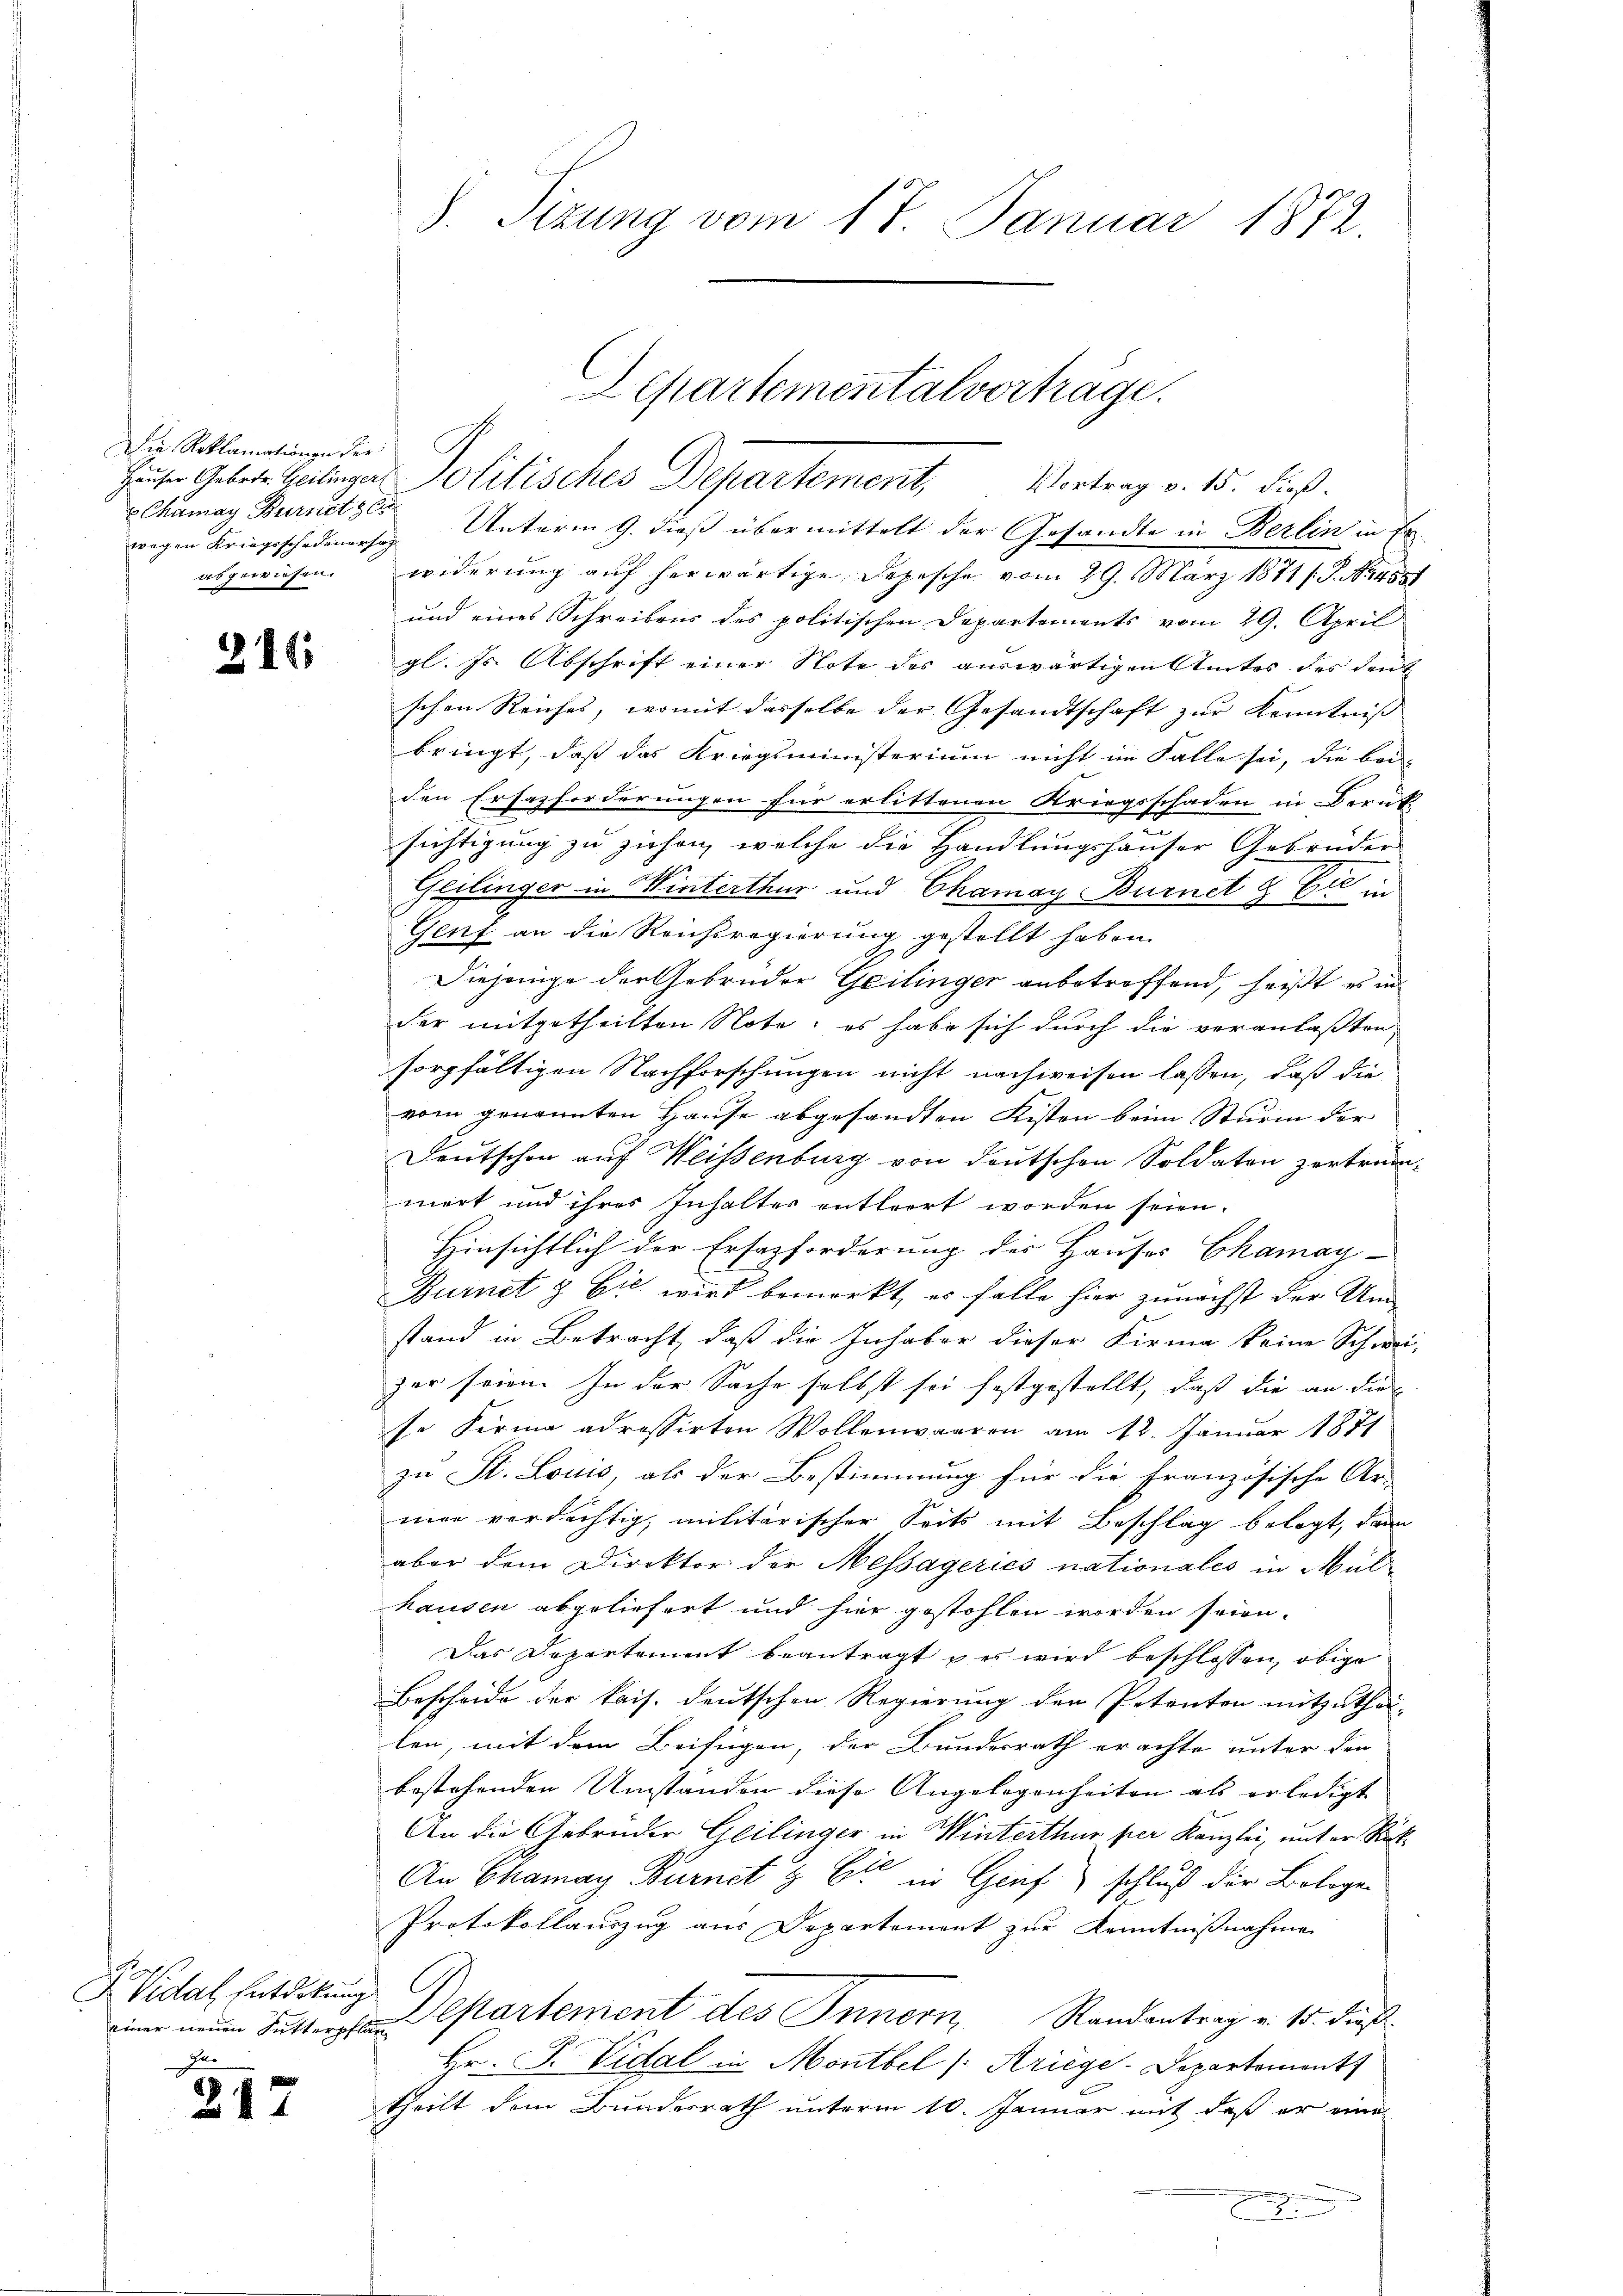
Die Reklamationen der
Chamay Burnet ge
wegen Kriegsschadenersag
4s gewiesen.

217

211

J Vidal Entdekung
einer neuen Sutterpflan
Für

8. Sizung vom 17. Januar 1872.

Heute Gebete Heilungen Politisches Departement, Vortrag v. 15. dieß.
Unterm 9. dieß übermittelt der Gesandte in Berlin in Er-
widerung auf herwärtige, Depesche vom 29. März 1871 s. S. 194881
und eines Schreibens des politischen Departements vom 29. April
gl. Js. Abschrift einer Note des auswärtigen Amtes des den
schen Reiches, womit dasselbe der Gesandtschaft zur Kenntniss |
bringt, daß das Kriegsministerium nicht im Falle sei, die bei-
den Erhazforderungen für erlittenen Kriegsschaden in Berük-
sichtigung zu ziehen, welche die Handlungshauser Gebrüder
Geilinger in Winterthur und Chamay Burnet
S
Genf an die Reichsregierung gestellt haben.
d
Diejenige der Gebrüder Geilinger anbetroffend, heißt es in
der mitgetheilten Note; es habe sich durch die veranlaßten
sorgfältigen Nachforschungen nicht nachweisen lassen, daß die
vom genannten Hause abgesandten Kisten beim Sturm der
Deutschon auf Weissenburg von deutschen Soldaten zertrümmert und ihres Inhalter entleert worden seien.
Hinsichtlich der Ersazforderung der Hauses Chamay-
Burnet & Cie wird bemerkt, es falle hier zunächst der Um
stand in Betracht, daß die Inhaber dieser Firma keine Schwei-
par seien. In der Sache selbst sei festgestellt, daß die an die
so Firma adressirten Wollenwaaren am 12. Januar 1871
zu St. Louis, als der Bestimmung für die französische Ar-
mar verdächtig, militärischer Seits mit Beschlag belegt, dann
aber dem Direktor der Messageries nationales in Mülhausen abgeliefert und hier gestohlen worden seien.
Das Departement beantragt u es wird beschlossen, obige
Bescheide der kais. deutschen Regierung der Petenten mitzuthei-
len, mit dem Beifügen, der Bundesrath erachte unter den
bestehenden Umständen diese Angelegenheiten als erledigt. |
An die Gebrüder Geilinger in Winterthur per Kanzlei, unter Rück¬
An Chamay Burnet & Cie in Genf) schluß der Bologe¬
Protokollauszug aus Departemont zŭr Kenntnißnahme
Departement des Innern Randantrag v. 15. Fuß
Hr. F. Vidal in Montbel /: Kriege-Departement
theilt dem Bundesrath unterm 10. Januar mit daß er eine
x

Lepartementalverträge.